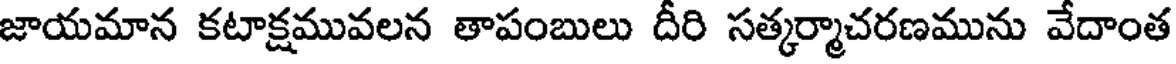
జాయమాన కటాక్షమువలన తాపంబులు దీరి సత్కర్మాచరణమును వేదాంత